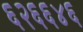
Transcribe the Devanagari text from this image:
६२६६४६